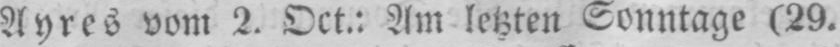
Ayres vom 2. Oct.: Am letzten Sonntage (29.